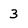
Character: 3